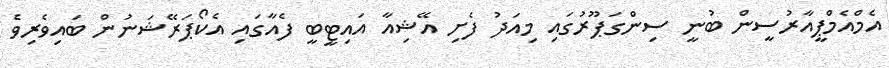
އެމްއެމްޕީއާރުސީން ބުނީ ސިންގަޕޫރުގައި މިއަދު ފެށި އޭޝިއާ އައިޓީބީ ފެއާގައި އެކޯޕަރޭޝަނުން ބައިވެރިވެ